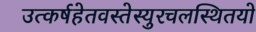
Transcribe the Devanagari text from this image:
उत्कर्षहेतवस्तेस्युरचलस्थितयो